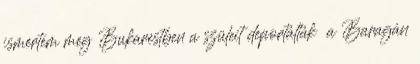
ismertem meg Bukarestben a szüleit deportálták � a Baragán